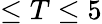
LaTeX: \leq T\leq 5